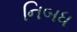
નિબધ